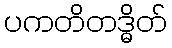
ပကတိတဒ္ဓိတ်